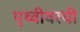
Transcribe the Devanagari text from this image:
पृथ्वीवरची